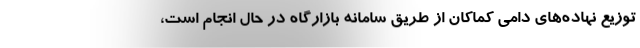
توزیع نهاده‌های دامی کماکان از طریق سامانه بازارگاه در حال انجام است،